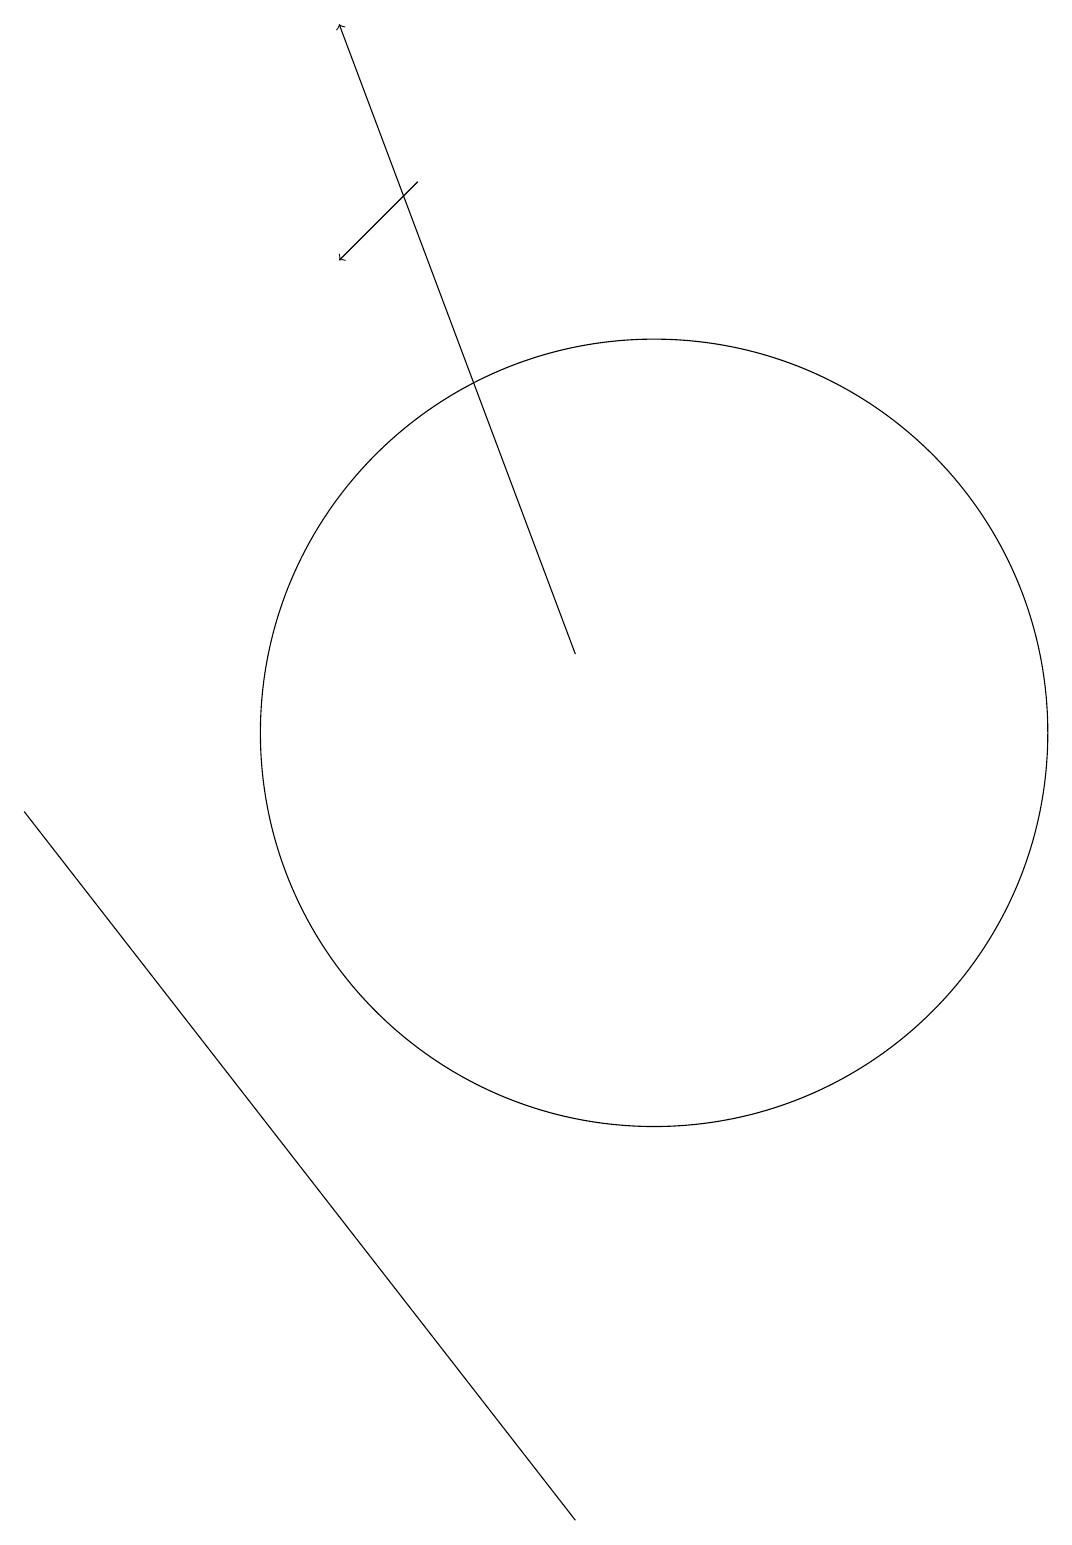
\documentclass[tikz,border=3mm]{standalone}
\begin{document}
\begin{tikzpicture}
\draw[->] (9,11) -- (6,19);
\draw (9,0) -- (9,0) -- (2,9) -- cycle;
\draw[->] (7,17) -- (6,16);
\draw (10,10) circle (5);
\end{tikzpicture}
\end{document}